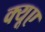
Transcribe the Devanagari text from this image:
क्यूए